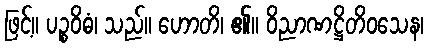
ဖြင့်။ ပဉ္စဝိဓံ၊ သည်။ ဟောတိ၊ ၏။ ဝိညာဏဋ္ဌိတိဝသေန၊